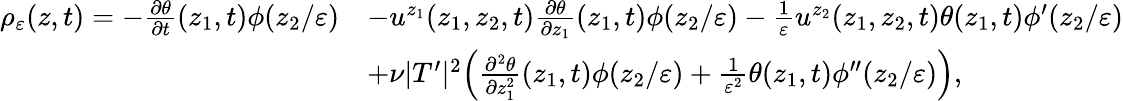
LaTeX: \begin{array}{rl}{\rho_{\varepsilon}(z,t)=-\frac{\partial\theta}{\partial t}(z_{1},t)\phi(z_{2}/\varepsilon)}&{-u^{z_{1}}(z_{1},z_{2},t)\frac{\partial\theta}{\partial z_{1}}(z_{1},t)\phi(z_{2}/\varepsilon)-\frac{1}{\varepsilon}u^{z_{2}}(z_{1},z_{2},t)\theta(z_{1},t)\phi^{\prime}(z_{2}/\varepsilon)}\\ &{+\nu|T^{\prime}|^{2}\Big(\frac{\partial^{2}\theta}{\partial z_{1}^{2}}(z_{1},t)\phi(z_{2}/\varepsilon)+\frac{1}{\varepsilon^{2}}\theta(z_{1},t)\phi^{\prime\prime}(z_{2}/\varepsilon)\Big),}\end{array}